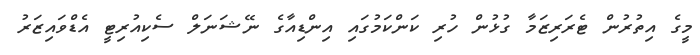
މީގެ އިތުރުން ޓެރަރިޒަމާ ގުޅުން ހުރި ކަންކަމުގައި އިންޑިއާގެ ނޭޝަނަލް ސެކިއުރިޓީ އެޑްވައިޒަރު